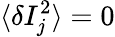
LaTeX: \langle\delta I_{j}^{2}\rangle=0